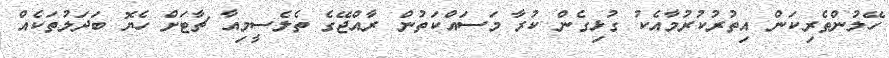
ހޭލުންތެރިކަން އިތުރުކުރުމާއެކު ގުޅިގެން ކުރާ މަސައްކަތުން ރާއްޖޭގެ ތެލެސީމިއާ ޗާޓަށް ހެޔޮ ބަދަލުތަކެއް